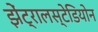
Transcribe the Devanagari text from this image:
झेंट्रालस्टेडियोन